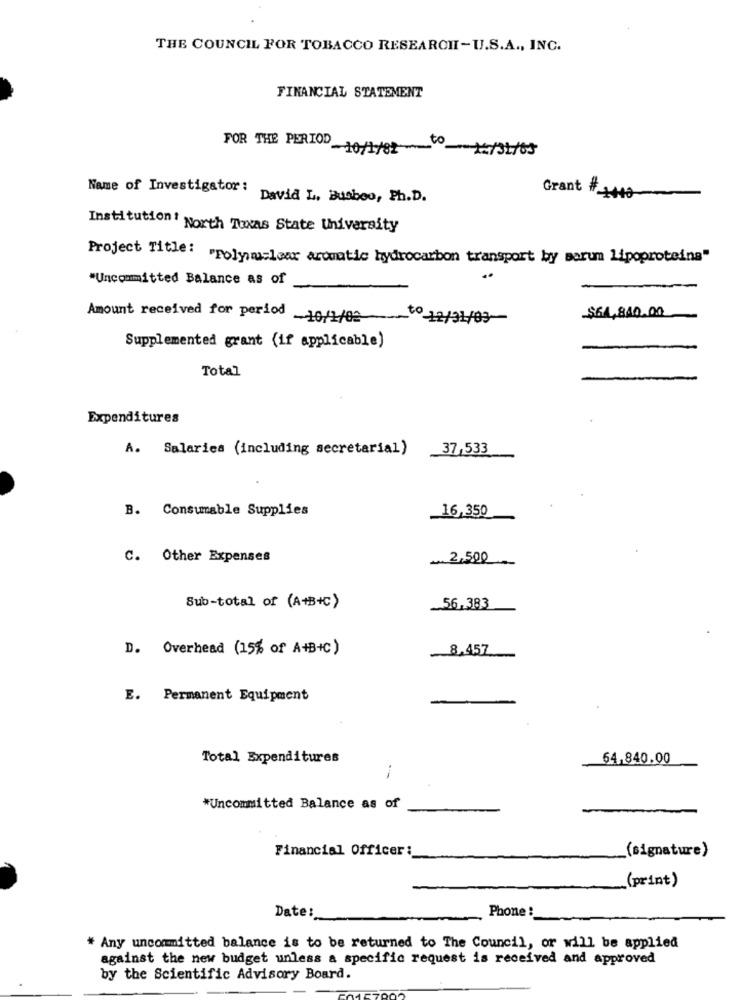
THE COUNCIL FOR TOBACCO RESEARCH-U.S.A ., INC.
FINANCIAL STATEMENT
FOR THE PERIOD 10/1/82- 1/31/65
Name of Investigator :
Grant #_
David L. Busbeo, Ph.D.
HO
Institution: North Texas State University
Project Title: "Folymmclear aromatic hydrocarbon transport by sorum Lipoproteins"
*Uncommitted Balance as of
-$64,840.00
Amount received for period _10//1/02
to 12//
Supplemented grant (if applicable)
Total
Expenditures
A. Salaries (including secretarial) 37,533
B. Consumable Supplies
16,350
C. Other Expenses
.. 2,500
Sub-total of (A+B+C)
_56,383
D. Overhead (15% of A+B+C)
- 8,457
E. Permanent Equipment
Total Expenditures
64,840.00
.-
*Uncommitted Balance as of
Financial Officer:
(signature)
(print)
Phone :
Date:
* Any uncommitted balance is to be returned to The Council, or will be applied
against the new budget unless a specific request is received and approved
by the Scientific Advisory Board.